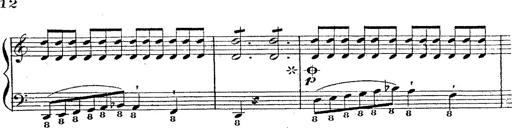
Title: 12 Lieder von Franz Schubert
Composer: Franz Liszt